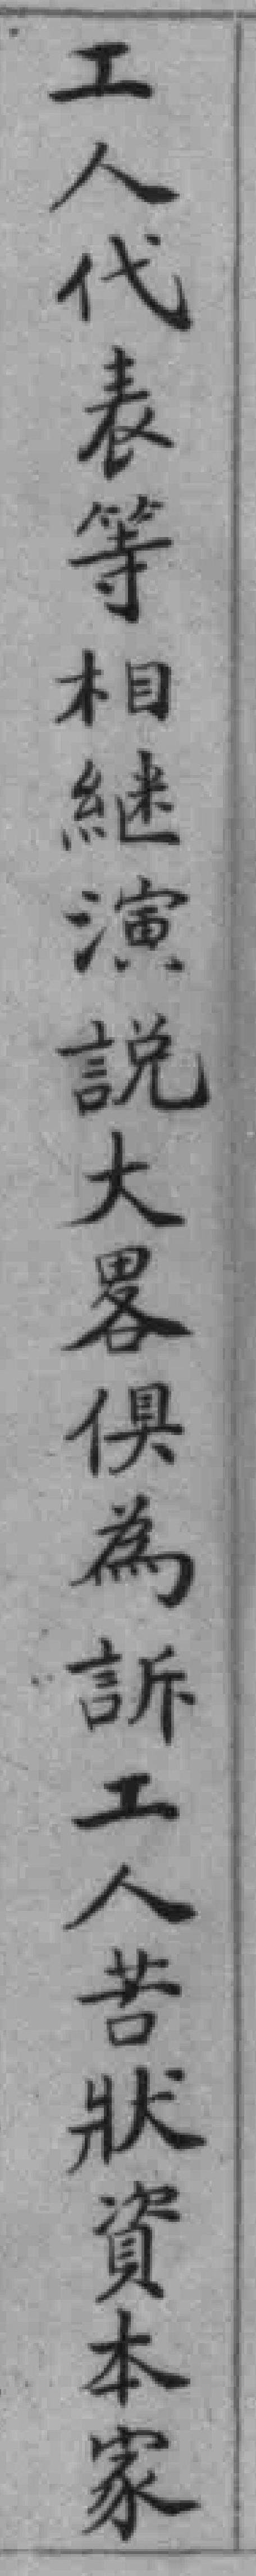
工人代表等相継演說大畧俱為訴工人苦狀資本家